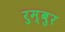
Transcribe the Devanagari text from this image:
रुम्बुर